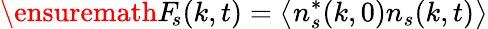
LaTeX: \ensuremath{F_{\! s}}(k,t)=\smash{\bigl\langle n_{s}^{*}(k,0)n_{s}(k,t)\bigr\rangle}